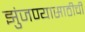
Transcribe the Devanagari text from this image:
झुंजण्यासाठीची